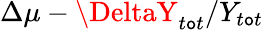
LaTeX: \Delta\mu-\DeltaY_{t\mathtt{o}t}/Y_{t\mathtt{o}t}